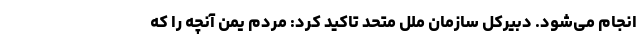
انجام می‌شود. دبیرکل سازمان ملل متحد تاکید کرد: مردم یمن آنچه را که